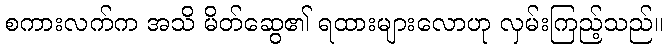
စကားလက်က အသိ မိတ်ဆွေ၏ ရထားများလောဟု လှမ်းကြည့်သည်။